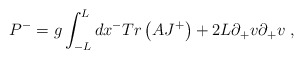
\begin{align*}P^- = g\int _{-L} ^L dx^- Tr\left(AJ^+\right)+ 2 L \partial _+ v \partial _+v \; ,\end{align*}